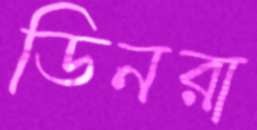
ডিনরা